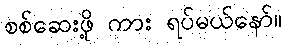
စစ်ဆေးဖို့ ကား ရပ်မယ်နော်။